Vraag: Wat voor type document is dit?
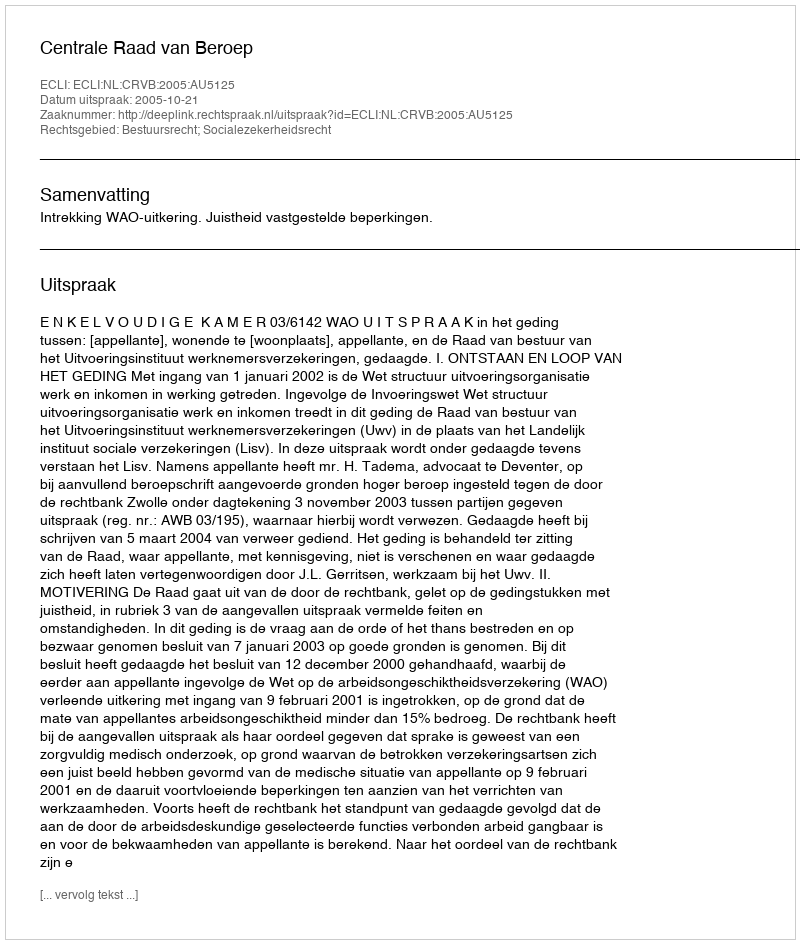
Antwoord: Uitspraak